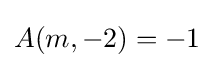
A(m,-2)=-1